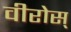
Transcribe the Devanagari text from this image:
वीरोस्